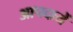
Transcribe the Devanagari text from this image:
आपदायें